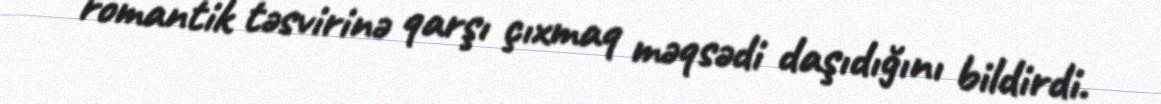
romantik təsvirinə qarşı çıxmaq məqsədi daşıdığını bildirdi.